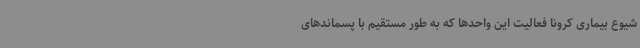
شیوع بیماری کرونا فعالیت این واحدها که به طور مستقیم با پسماندهای